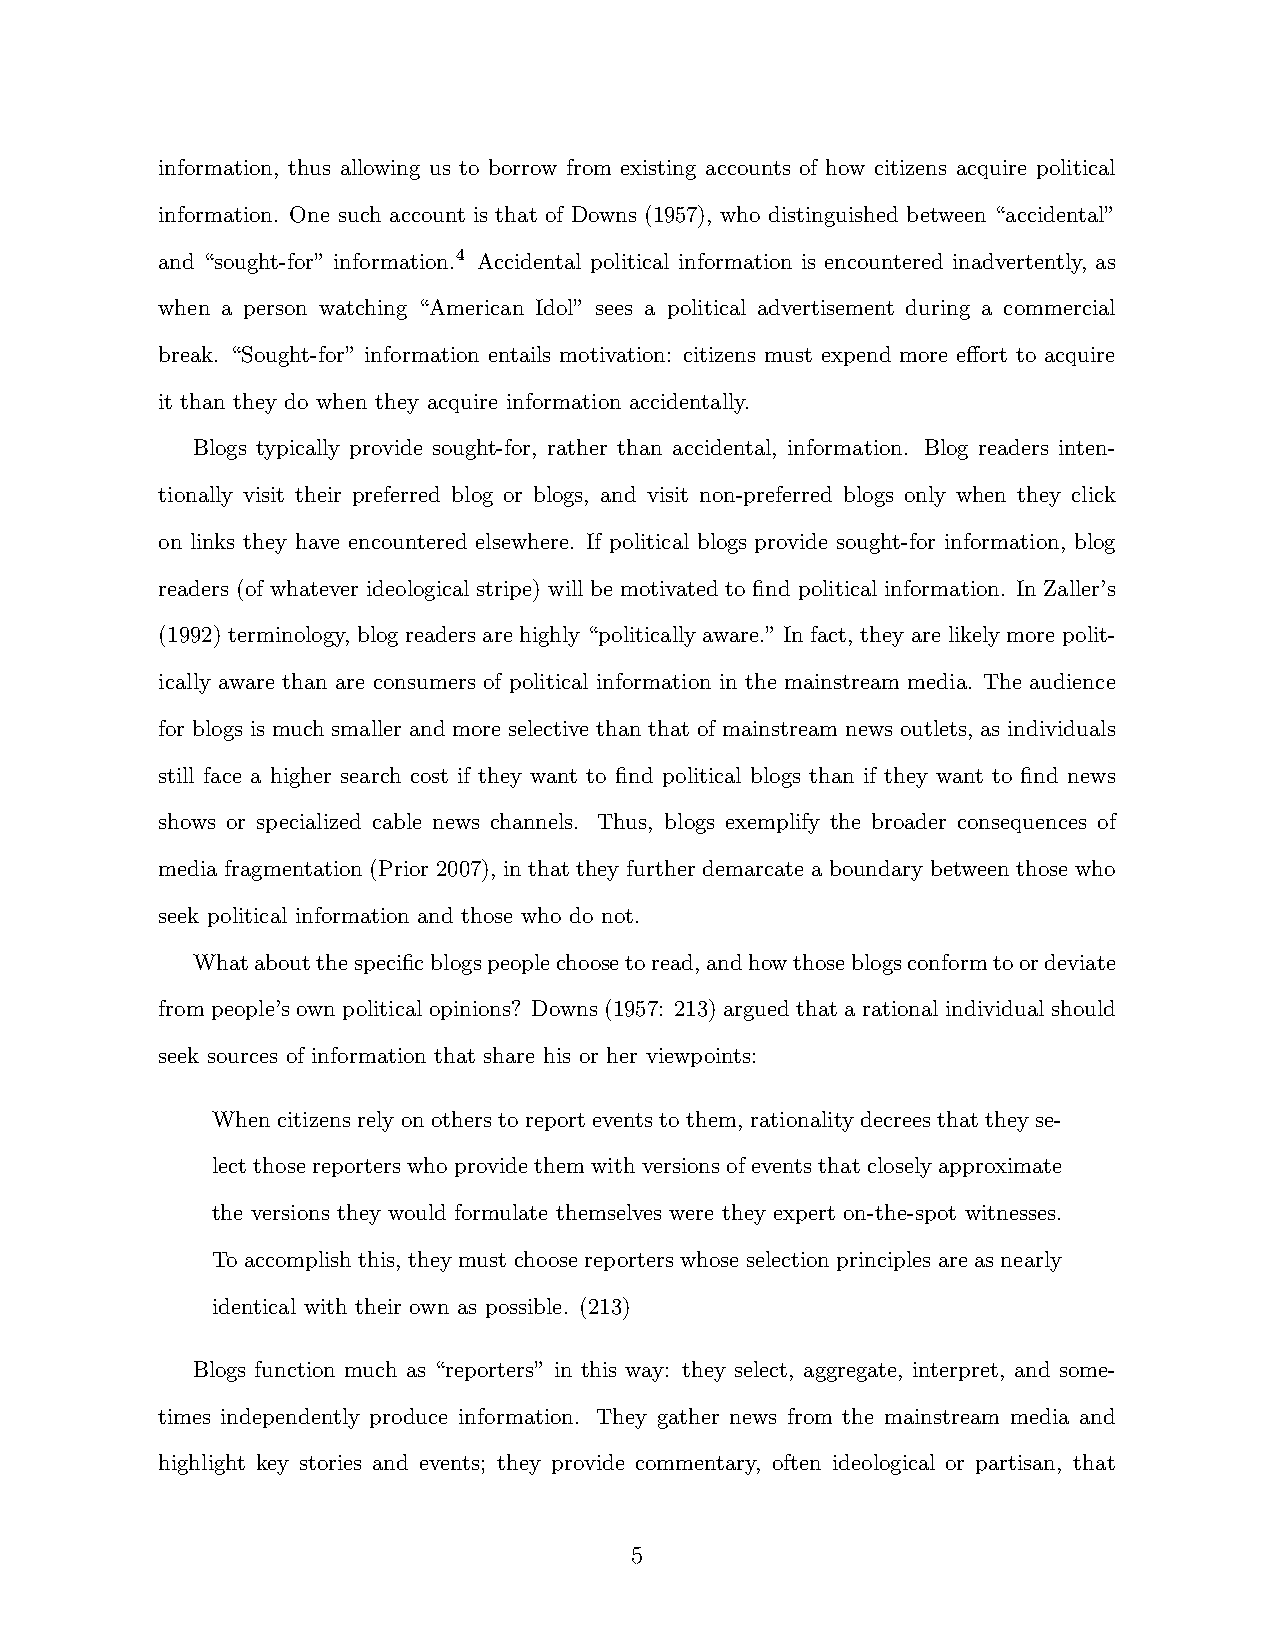
information, thus allowing us to borrow from existing accounts of how citizens acquire political
 information. One such account is that of Downs (1957), who distinguished between “accidental”
 and “sought-for” information.4 Accidental political information is encountered inadvertently, as
 when a person watching “American Idol” sees a political advertisement during a commercial
 break. “Sought-for” information entails motivation: citizens must expend more effort to acquire
 it than they do when they acquire information accidentally.
 Blogs typically provide sought-for, rather than accidental, information. Blog readers inten-
 tionally visit their preferred blog or blogs, and visit non-preferred blogs only when they click
 on links they have encountered elsewhere. If political blogs provide sought-for information, blog
 readers (of whatever ideological stripe) will be motivated to find political information. In Zaller’s
 (1992) terminology, blog readers are highly “politically aware.” In fact, they are likely more polit-
 ically aware than are consumers of political information in the mainstream media. The audience
 for blogs is much smaller and more selective than that of mainstream news outlets, as individuals
 still face a higher search cost if they want to find political blogs than if they want to find news
 shows or specialized cable news channels. Thus, blogs exemplify the broader consequences of
 media fragmentation (Prior 2007), in that they further demarcate a boundary between those who
 seek political information and those who do not.
 Whataboutthespecificblogspeoplechoosetoread,andhowthoseblogsconformtoordeviate
 from people’s own political opinions? Downs (1957: 213) argued that a rational individual should
 seek sources of information that share his or her viewpoints:
 When citizens rely on others to report events to them, rationality decrees that they se-
 lect those reporters who provide them with versions of events that closely approximate
 the versions they would formulate themselves were they expert on-the-spot witnesses.
 To accomplish this, they must choose reporters whose selection principles are as nearly
 identical with their own as possible. (213)
 Blogs function much as “reporters” in this way: they select, aggregate, interpret, and some-
 times independently produce information. They gather news from the mainstream media and
 highlight key stories and events; they provide commentary, often ideological or partisan, that
 5